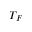
T _ { F }